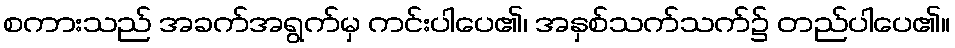
စကားသည် အခက်အရွက်မှ ကင်းပါပေ၏၊ အနှစ်သက်သက်၌ တည်ပါပေ၏။